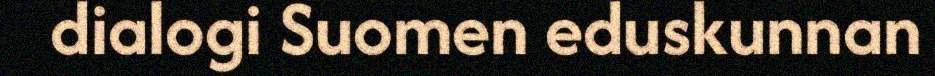
dialogi Suomen eduskunnan